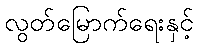
လွတ်မြောက်ရေးနှင့်